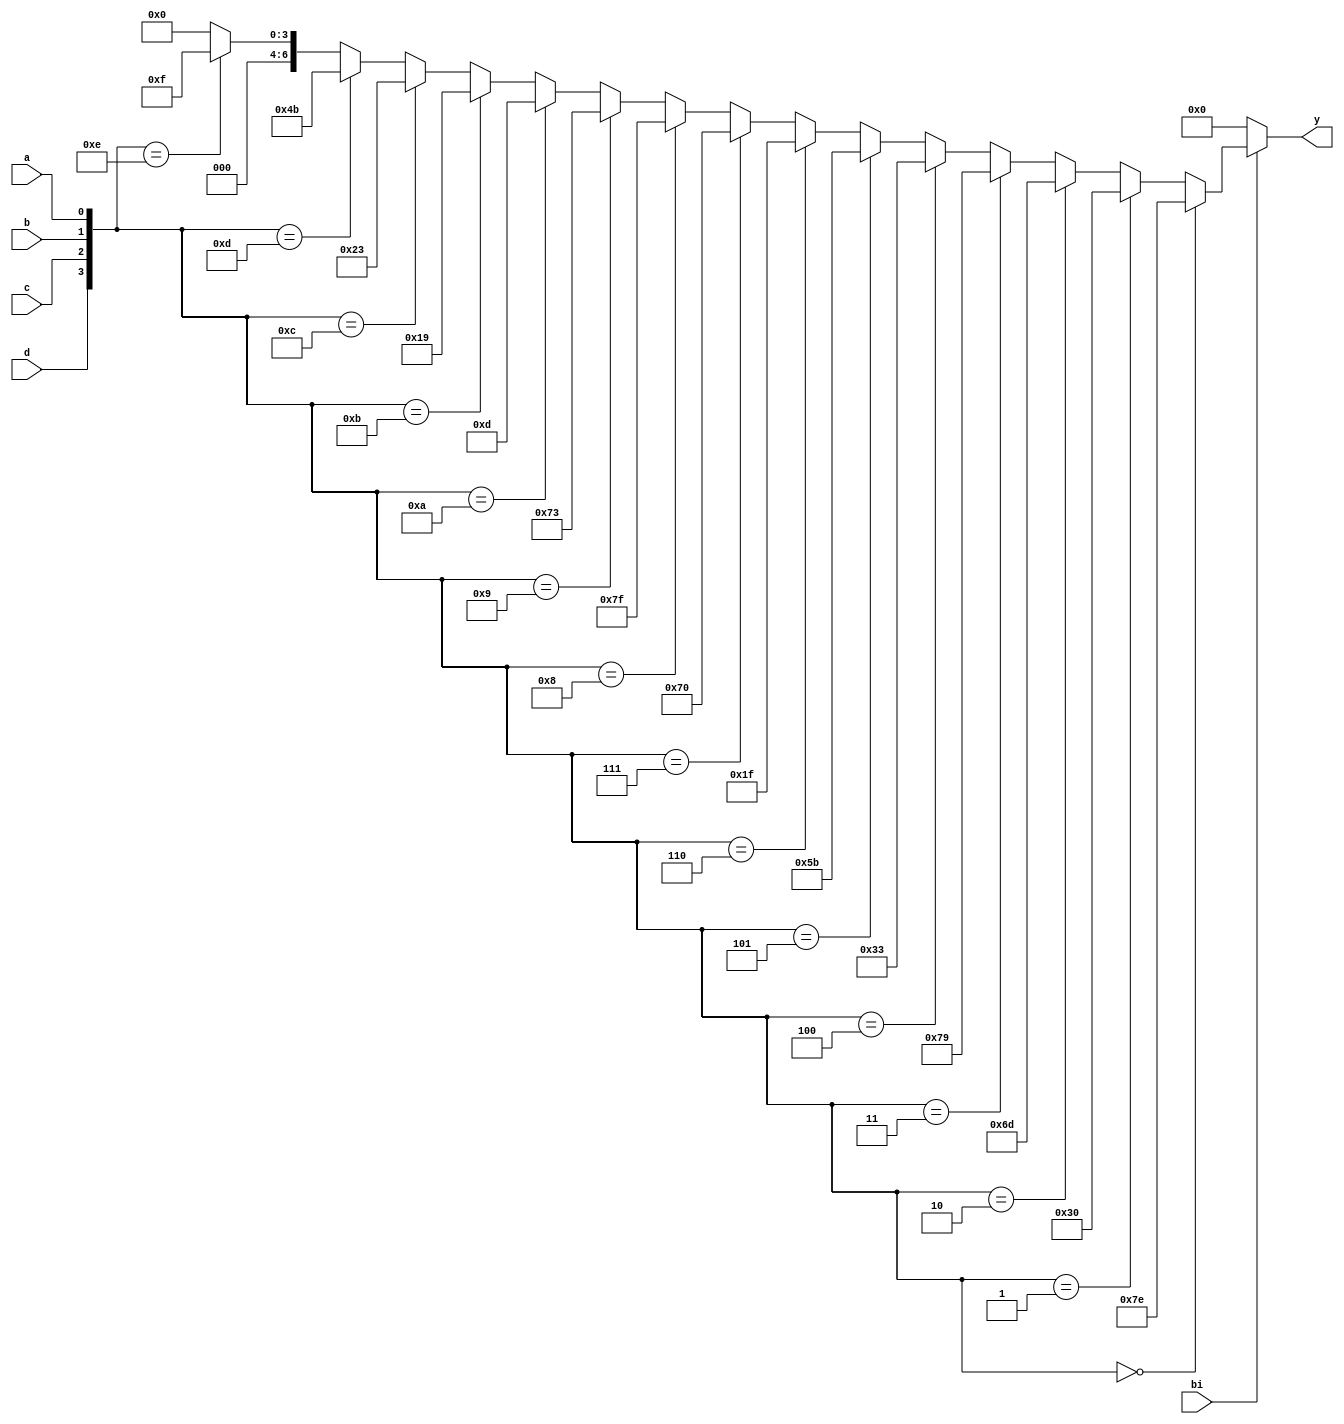
module sn74ls49(y, a, b, c, d, bi);
input a, b, c, d, bi;
output [6:0] y;
wire [3:0] dcba;
wire  [6:0] q;
parameter
	// TI TTL data book Vol 1, 1985
	toff_min=0, toff_typ=50, toff_max=100,		// typ not specified in data sheet
	ton_min=0,  ton_typ=50,  ton_max=100;

	assign dcba = {d, c, b, a};
	assign 
		q = bi==0         ? 7'b0000000 :
			dcba==4'b0000 ? 7'b1111110 :
			dcba==4'b0001 ? 7'b0110000 :
			dcba==4'b0010 ? 7'b1101101 :
			dcba==4'b0011 ? 7'b1111001 :
			dcba==4'b0100 ? 7'b0110011 :
			dcba==4'b0101 ? 7'b1011011 :
			dcba==4'b0110 ? 7'b0011111 :
			dcba==4'b0111 ? 7'b1110000 :
			dcba==4'b1000 ? 7'b1111111 :
			dcba==4'b1001 ? 7'b1110011 :
			dcba==4'b1010 ? 7'b0001101 :
			dcba==4'b1011 ? 7'b0011001 :
			dcba==4'b1100 ? 7'b0100011 :
			dcba==4'b1101 ? 7'b1001011 :
			dcba==4'b1110 ? 7'b0001111 : 7'b0000000;

	assign #(ton_min:ton_typ:ton_max,
			 toff_min:toff_typ:toff_max) 
		y = q;

endmodule